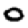
Digit: 0